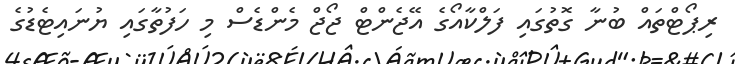
ރިޕޯޓްތައް ބުނާ ގޮތުގައި ފަލްކާއޯގެ އޭޖެންޓް ޖޯޖް މެންޑެސް މި ހަފުތާގައި ޔުނައިޓެޑުގެ